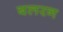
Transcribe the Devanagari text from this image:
बलरन